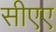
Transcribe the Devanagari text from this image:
सीएए